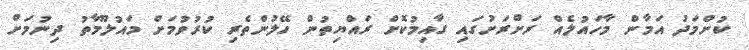
ކުށްމަދު އަމާން މާހައުލެއް ރަށްރަށުގައި ގާއިމުކޮށް ރައްޔިތުން ހޭލުންތެރި ކުރުވުމަށް މައުލޫމާތު ދިނުމަށް